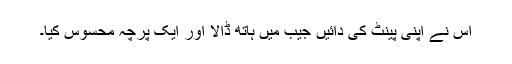
اس نے اپنی پینٹ کی دائیں جیب میں ہاتھ ڈالا اور ایک پرچہ محسوس کیا۔